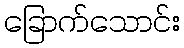
ခြောက်သောင်း